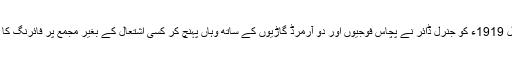
13 اپریل 1919ء کو جنرل ڈائر نے پچاس فوجیوں اور دو آرمرڈ گاڑیوں کے ساتھ وہاں پہنچ کر کسی اشتعال کے بغیر مجمع پر فائرنگ کا حکم دیا۔